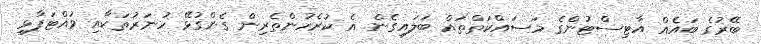
ބޭރުގެ ބައެއް އާޓިސްޓުންގެ މަސައްކަތްތައް ބަލައިގެން އެ ކުރެހުންތެރިން ގެންގުޅޭ ހުނަރުތަކާއި ވައްޓަފާޅި